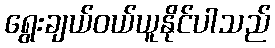
ရွေးချယ်ဝယ်ယူနိုင်ပါသည်